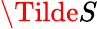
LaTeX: \mathbf\Tilde{S}